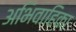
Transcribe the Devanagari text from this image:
अभिवाहिका